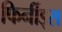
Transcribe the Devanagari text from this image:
फिर्नीड्स